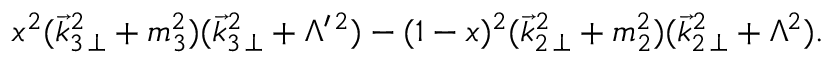
x ^ { 2 } ( \vec { k } _ { 3 \, \perp } ^ { 2 } + m _ { 3 } ^ { 2 } ) ( \vec { k } _ { 3 \, \perp } ^ { 2 } + \Lambda ^ { \prime \, 2 } ) - ( 1 - x ) ^ { 2 } ( \vec { k } _ { 2 \, \perp } ^ { 2 } + m _ { 2 } ^ { 2 } ) ( \vec { k } _ { 2 \, \perp } ^ { 2 } + \Lambda ^ { 2 } ) .